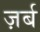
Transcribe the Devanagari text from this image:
ज़र्ब